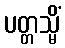
ပတ္တသ္မိံ